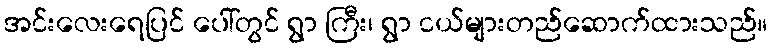
အင်းလေးရေပြင် ပေါ်တွင် ရွာ ကြီး၊ ရွာ ငယ်များတည်ဆောက်ထားသည်။